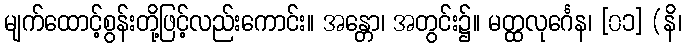
မျက်ထောင့်စွန်းတို့ဖြင့်လည်းကောင်း။ အန္တော၊ အတွင်း၌။ မတ္ထလုင်္ဂေန၊ [၀၁] (နိ၊